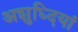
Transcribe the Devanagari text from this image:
अशुध्दियां